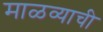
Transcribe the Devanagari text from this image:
माळव्याची